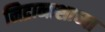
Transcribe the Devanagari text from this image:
निद्रानाशाच्या